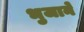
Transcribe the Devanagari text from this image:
भुजाने